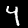
Digit: 4